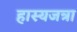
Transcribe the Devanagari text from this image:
हास्यजत्रा